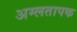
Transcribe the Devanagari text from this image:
अम्लतापक